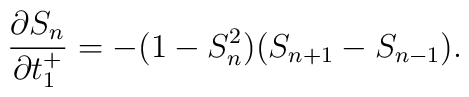
\frac{\partial S_{n}}{\partial t_{1}^{+}}=-(1-S_{n}^{2})(S_{n+1}-S_{n-1}).